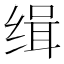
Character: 缉